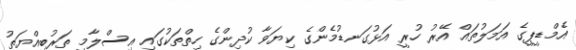
އެމްޑީޕީގެ އަމަލުތައް އޭރު ހުރީ އަޅުގަނޑުމެންގެ ކިޔަވާ ކުދިންގެ ހިތްތަކުގައި އިސްލާމީ ތަރުބިއްޔަތު